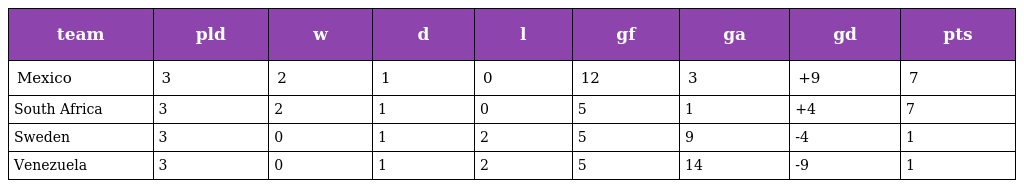
| team | pld | w | d | l | gf | ga | gd | pts |
 | --- | --- | --- | --- | --- | --- | --- | --- | --- |
 | Mexico | 3 | 2 | 1 | 0 | 12 | 3 | +9 | 7 |
 | South Africa | 3 | 2 | 1 | 0 | 5 | 1 | +4 | 7 |
 | Sweden | 3 | 0 | 1 | 2 | 5 | 9 | -4 | 1 |
 | Venezuela | 3 | 0 | 1 | 2 | 5 | 14 | -9 | 1 |